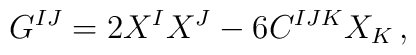
G^{IJ} = 2 X^I X^J - 6 C^{IJK} X_K\,,